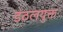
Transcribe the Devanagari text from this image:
डंठलयुक्त